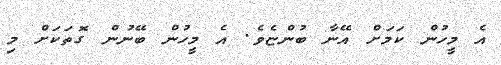
އެ މީހުން ކަމަށް އޭނާ ބުންޏެވެ. އެ މީހުން ބޭނުން ގޮތަކަށް މި